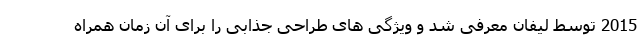
2015 توسط لیفان معرفی شد و ویژگی های طراحی جذابی را برای آن زمان همراه